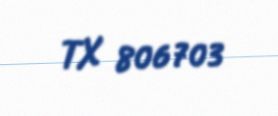
TX 806703